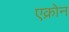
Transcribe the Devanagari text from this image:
एक्रोन